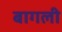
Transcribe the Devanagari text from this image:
बागली